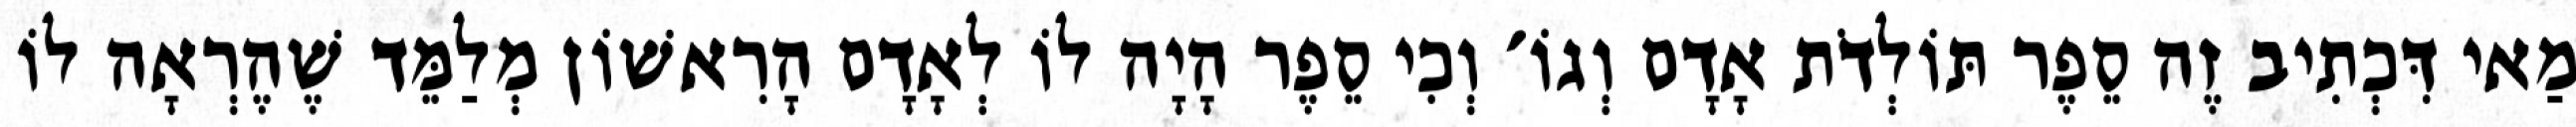
מַאי דִּכְתִיב זֶה סֵפֶר תּוֹלְדֹת אָדָם וְגוֹ׳ וְכִי סֵפֶר הָיָה לוֹ לְאָדָם הָרִאשׁוֹן מְלַמֵּד שֶׁהֶרְאָה לוֹ